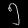
Digit: ၅